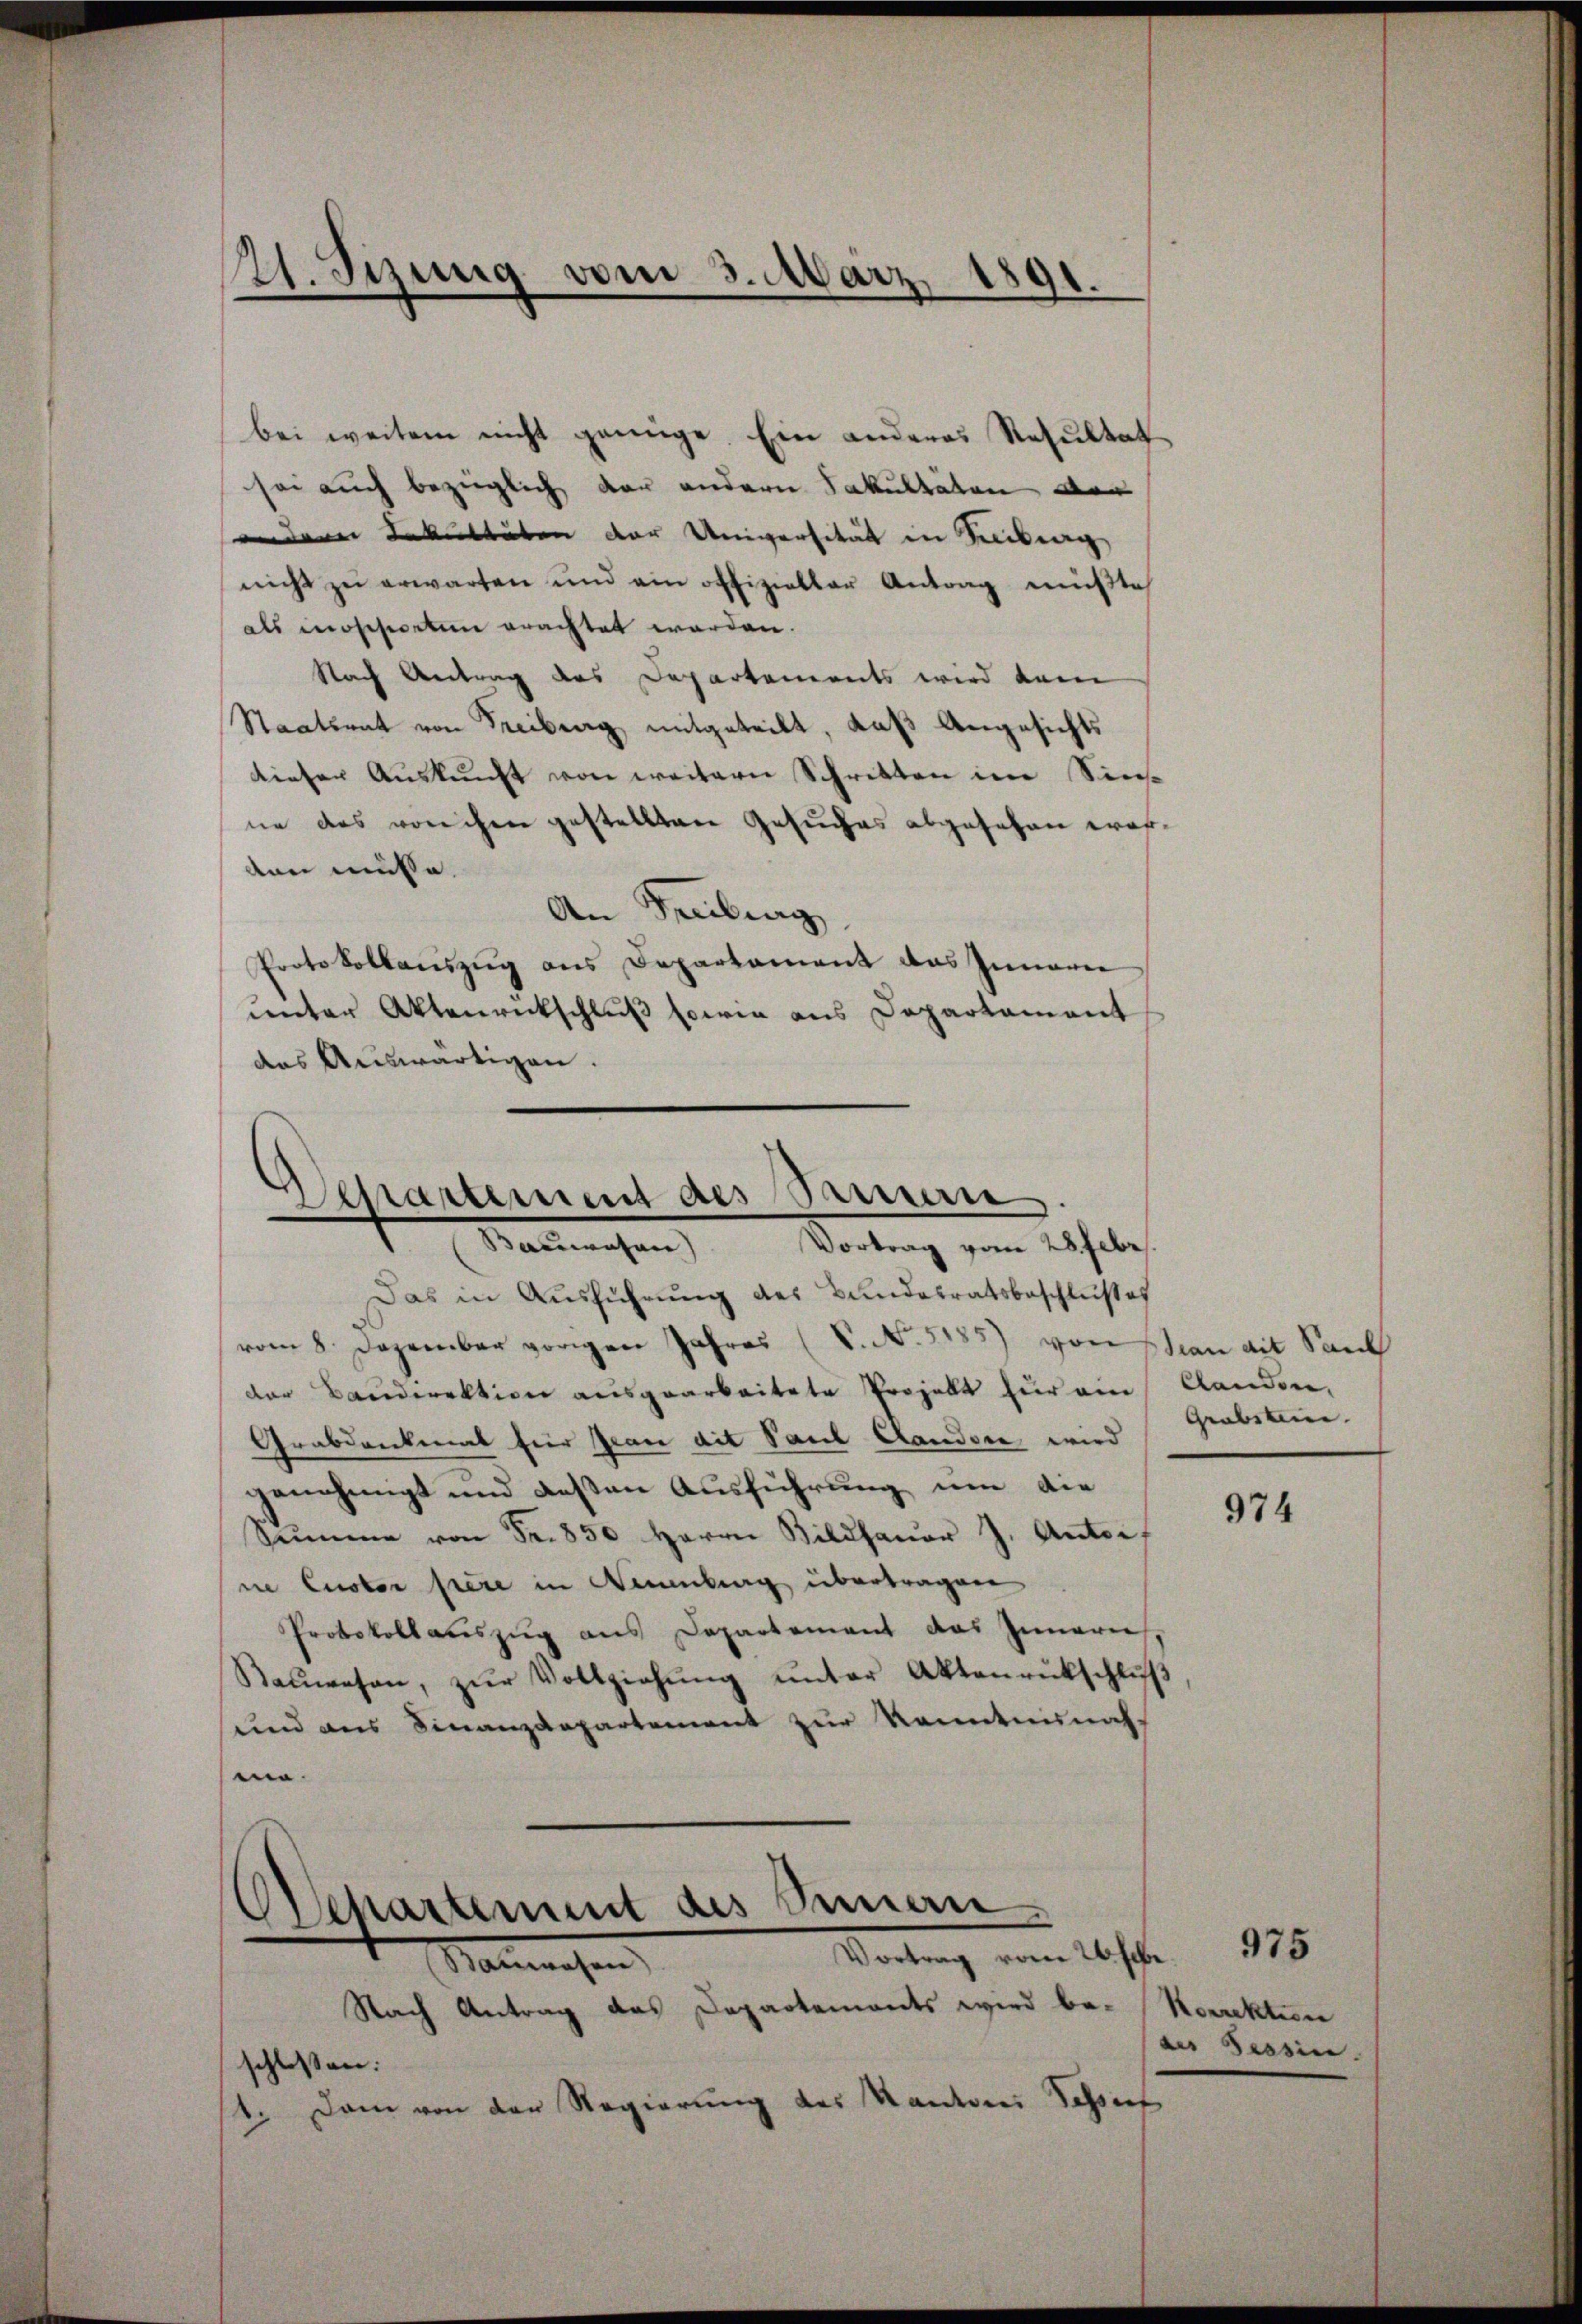
21. Sizung vom 3. März 1891.

bei weitem nicht genüge. Ein anderes Resultat
sei auch bezüglich der andern Fakultäten der
andere Fakultäten der Universität in Seibung
nicht zu erwarten und ein offizieller Antrag müßte
als moschereten erachtet werden.
Nach Antrag des Departements wird dam
Staatsrat von Freiburg mitgeteilt, daß Angesichts
dieser Aŭskŭnft von weitern Schritten im Sinne das verechen gestellten Gesuches abgesehen worten müsse.
An Freibung
Protokollaŭszŭg ans Departament das Innern
unter Aktenrickschluß sowie aus Departament
das Auswärtigen.

Separtement des Samen
e
e
Bauwesen) Vortrag vom 28. Febr.

Das in Ausführung des Bundesratsbeschlußes
vom 8. Dezember vorigen Jahres (V. N. 2185) von Man mit Sank
der Baudirektion ausgearbeitete Projekt für ein Landen,
Grabdenkmal für Jean ait Paul Landore wird
genehmigt und deßen Ausführung um die
Summe von Fr. 850 herrn Bildhauer J. Antor
ne Luster frere in Neuenburg übertragen
Protokollauszug aus Departement das Innernes,
Baŭwesen, zŭr Vollziehŭng ŭnter Aktenrückschlŭβ
und aus Finanzdepartement zur Kenntnisnah
.
Departement des Sinnern
Vortrag vom 26. Febr. 175
Nanwesen,
Nach Antrag das Departements wird be-
schlossen:
1. Dann von der Regierung des Kantons Tessirt

Grabstein.

974

Korrektion
des Tessin.